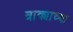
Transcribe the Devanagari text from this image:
त्राक्याच्या